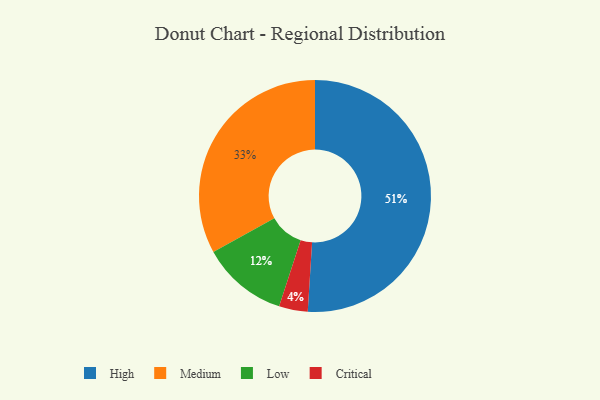
{"axis": {"x": "Category", "y": "Percentage"}, "legend": ["Critical", "High", "Low", "Medium"], "data": [{"x": "High", "y": 51, "type": "High"}, {"x": "Critical", "y": 4, "type": "Critical"}, {"x": "Low", "y": 12, "type": "Low"}, {"x": "Medium", "y": 33, "type": "Medium"}]}